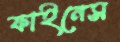
ফাইনেস